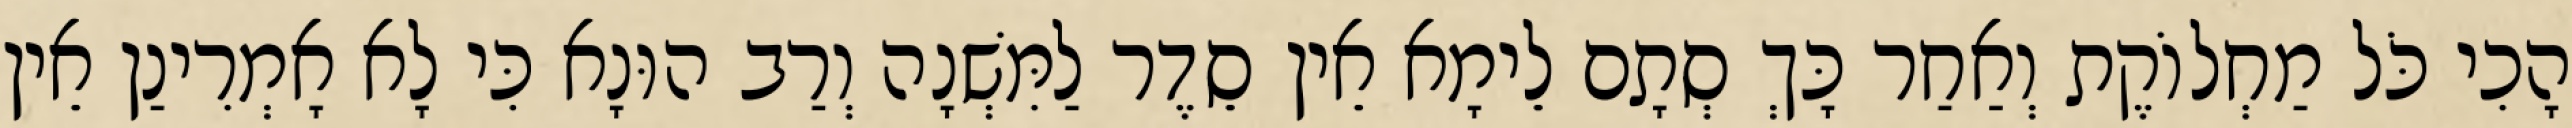
הָכִי כֹּל מַחְלוֹקֶת וְאַחַר כָּךְ סְתָם לֵימָא אֵין סֵדֶר לַמִּשְׁנָה וְרַב הוּנָא כִּי לָא אָמְרִינַן אֵין